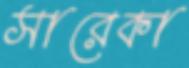
সারেকা